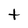
Character: t